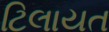
ટિલાયત